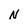
Character: N